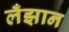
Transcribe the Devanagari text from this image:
लँझान